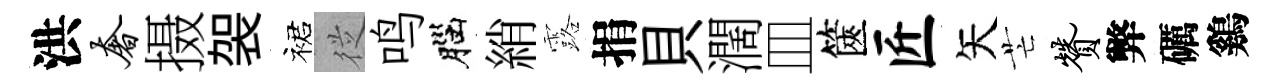
洪奢摄袈裙従鸣腦綃露捐貝濶皿篋匠矢芒赞弊礪鷄